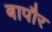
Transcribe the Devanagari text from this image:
बापौर